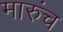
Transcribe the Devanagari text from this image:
मारुंच